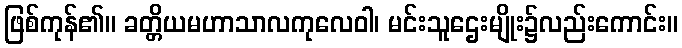
ဖြစ်ကုန်၏။ ခတ္တိယမဟာသာလကုလေဝါ၊ မင်းသူဌေးမျိုး၌လည်းကောင်း။